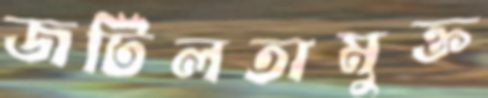
জটিলতামুক্ত